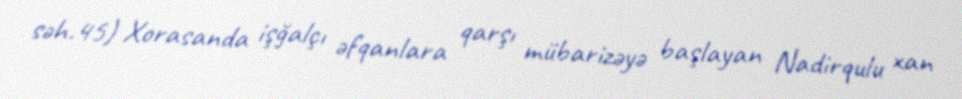
səh.45) Xorasanda işğalçı əfqanlara qarşı mübarizəyə başlayan Nadirqulu xan